Code of medical and sanitary regulations for the guidance of medical officers serving in the Madras Presidency - Volume II
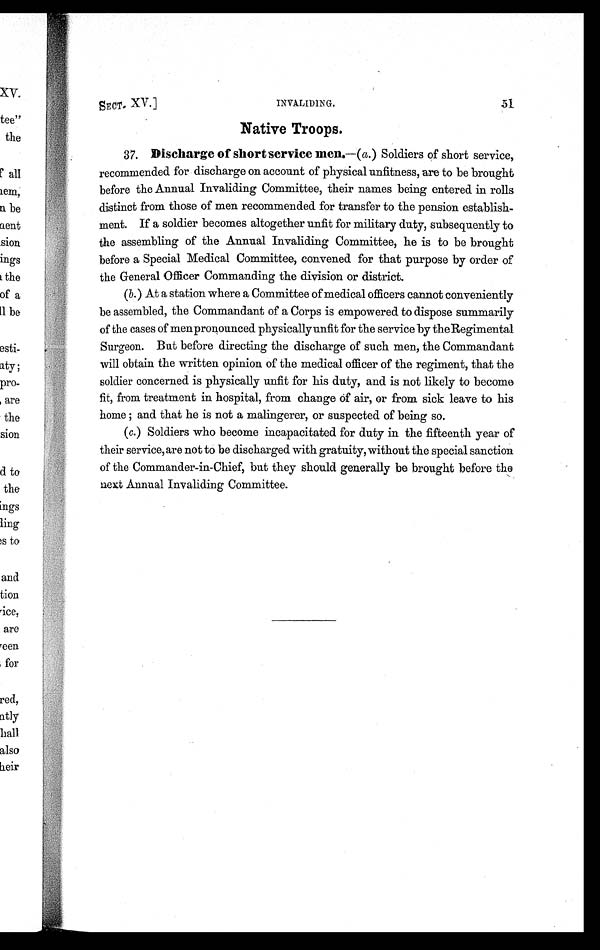
SECT. XV. ]
INVALIDING.
51
Native Troops.
37. Discharge of short service men.— (a.) Soldiers of short service,
recommended for discharge on account of physical unfitness, are to be brought
before the Annual Invaliding Committee, their names being entered in rolls
distinct from those of men recommended for transfer to the pension establish-
ment. If a soldier becomes altogether unfit for military duty, subsequently to
the assembling of the Annual Invaliding Committee, he is to be brought
before a Special Medical Committee, convened for that purpose by order of
the General Officer Commanding the division or district.
(b.) At a station where a Committee of medical officers cannot conveniently
be assembled, the Commandant of a Corps is empowered to dispose summarily
of the cases of men pronounced physically unfit for the service by the Regimental
Surgeon. But before directing the discharge of such men, the Commandant
will obtain the written opinion of the medical officer of the regiment, that the
soldier concerned is physically unfit for his duty, and is not likely to become
fit, from treatment in hospital, from change of air, or from sick leave to his
home ; and that he is not a malingerer, or suspected of being so.
(c.) Soldiers who become incapacitated for duty in the fifteenth year of
their service, are not to be discharged with gratuity, without the special sanction
of the Commander-in-Chief, but they should generally be brought before the
next Annual Invaliding Committee.